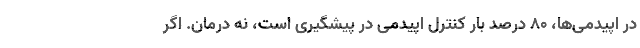
در اپیدمی‌ها، ۸۰ درصد بار کنترل اپیدمی در پیشگیری است، نه درمان. اگر